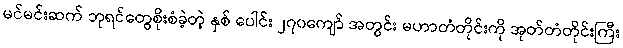
မင်မင်းဆက် ဘုရင်တွေစိုးစံခဲ့တဲ့ နှစ် ပေါင်း ၂၇၀ကျော် အတွင်း မဟာတံတိုင်းကို အုတ်တံတိုင်းကြီး